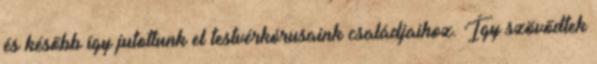
és később így jutottunk el testvérkórusaink családjaihoz. Így szövődtek